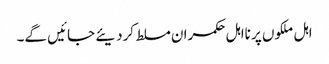
اہل ملکوں پر نااہل حکمران مسلط کردیئے جائیں گے۔